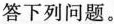
答下列问题。